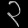
Digit: ၃